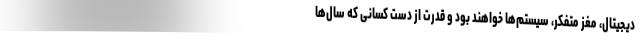
دیجیتال، مغز متفکر، سیستم‌ها خواهند بود و قدرت از دست کسانی که سال‌ها